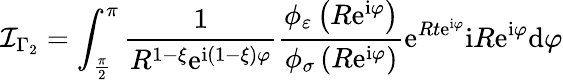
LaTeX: \mathcal{I}_{\Gamma_{2}}=\int_{\frac{{\pi}}{{2}}}^{\pi}\frac{{1}}{{R^{1-\xi}\mathrm{{e}}^{\mathrm{{i}}\left(1-\xi\right)\varphi}}}\frac{{\phi_{\varepsilon}\left(R\mathrm{{e}}^{\mathrm{{i}}\varphi}\right)}}{{\phi_{\sigma}\left(R\mathrm{{e}}^{\mathrm{{i}}\varphi}\right)}}\mathrm{{e}}^{Rt\mathrm{{e}}^{\mathrm{{i}}\varphi}}\mathrm{{i}}R\mathrm{{e}}^{\mathrm{{i}}\varphi}\mathrm{{d}}\varphi